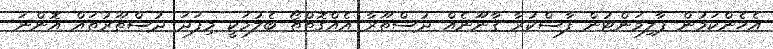
އެހެންކަމުން ޕާލިމަންޓުން ފާސްކުރާ ޤާނޫނެއް ދުސްތޫރާ އެއްގޮތްތޯ ބެލުމަކީ މިފަދަ ދުސްތޫރުތައް އޮންނަ